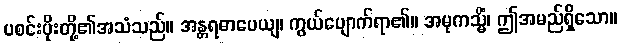
ပစင်းပိုးတို့၏အသံသည်။ အန္တရဓာပေယျ၊ ကွယ်ပျောက်ရာ၏။ အမုကသ္မိံ၊ ဤအမည်ရှိသော။